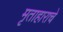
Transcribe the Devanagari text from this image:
मृताहाराचे